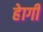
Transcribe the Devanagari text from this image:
हेागी